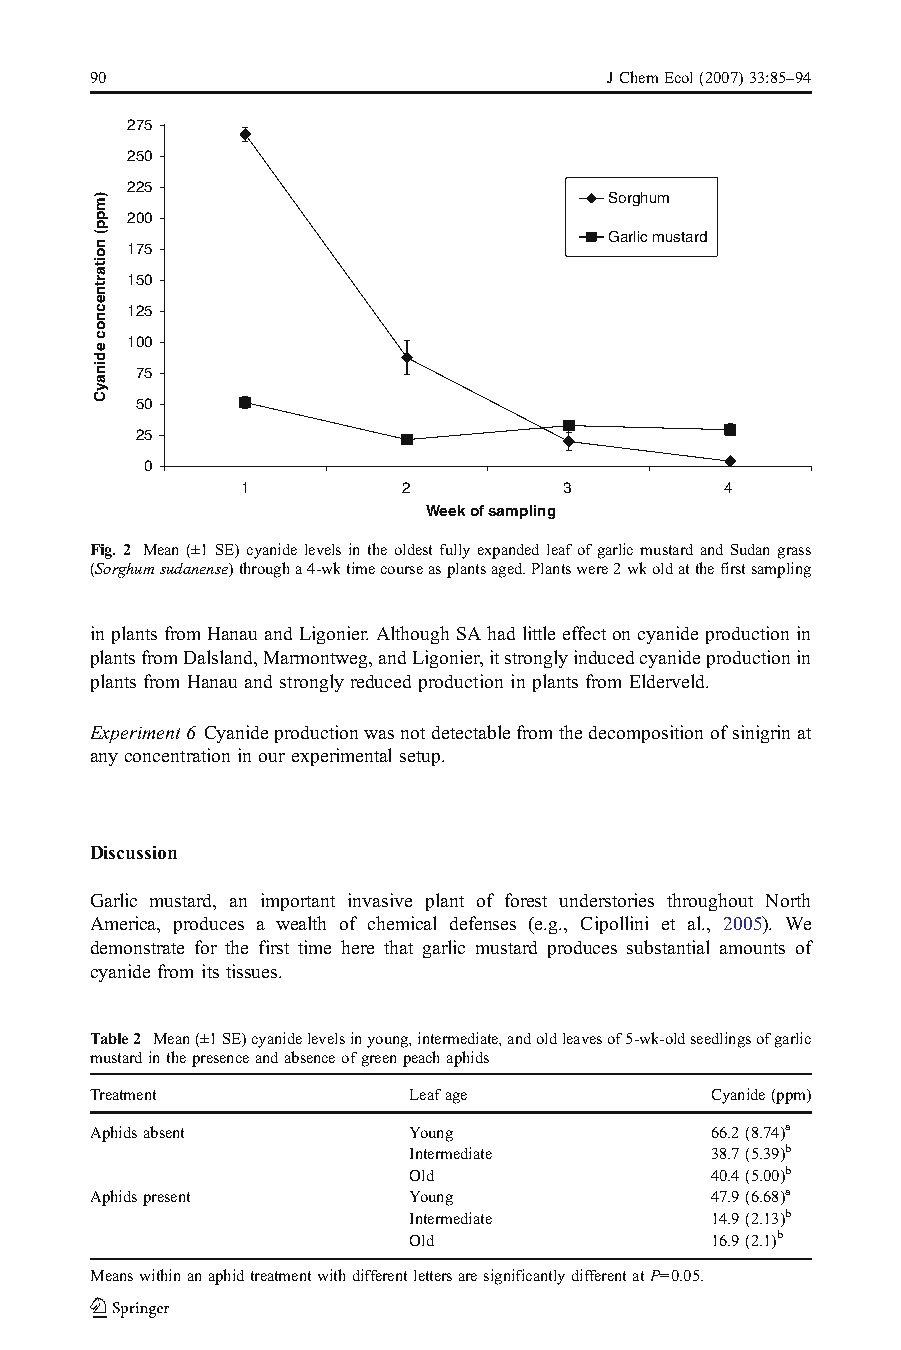
90                                JChemEcol(2007)33:85–94
 275
 250
 225
 Sorghum
 200
 Garlic mustard
 175
 150
 125
 100
 75
 50
 25
 0
 1          2         3          4
 Week of sampling
 Fig. 2 Mean(±1 SE) cyanidelevelsin the oldest fully expanded leafof garlic mustard and Sudan grass
 (Sorghumsudanense)througha4-wktimecourseasplantsaged.Plantswere2wkoldatthefirstsampling
 inplantsfromHanauandLigonier.AlthoughSAhadlittleeffectoncyanideproductionin
 plantsfromDalsland,Marmontweg,andLigonier,itstronglyinducedcyanideproductionin
 plants from Hanau and strongly reduced production in plants from Elderveld.
 Experiment6 Cyanideproductionwasnotdetectablefromthedecompositionofsinigrinat
 any concentration in our experimental setup.
 Discussion
 Garlic mustard, an important invasive plant of forest understories throughout North
 America, produces a wealth of chemical defenses (e.g., Cipollini et al., 2005). We
 demonstrate for the first time here that garlic mustard produces substantial amounts of
 cyanide from its tissues.
 Table2 Mean(±1SE)cyanidelevelsinyoung,intermediate,andoldleavesof5-wk-oldseedlingsofgarlic
 mustardinthepresenceandabsenceofgreenpeachaphids
 Treatment            Leafage             Cyanide(ppm)
 Aphidsabsent         Young               66.2(8.74)a
 Intermediate        38.7(5.39)b
 Old                 40.4(5.00)b
 Aphidspresent        Young               47.9(6.68)a
 Intermediate        14.9(2.13)b
 Old                 16.9(2.1)b
 MeanswithinanaphidtreatmentwithdifferentlettersaresignificantlydifferentatP=0.05.
 )mpp(
 noitartnecnoc
 edinayC